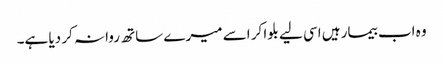
وہ اب بیمار ہیں اسی لیے بلوا کر اسے میرے ساتھ روانہ کر دیا ہے۔